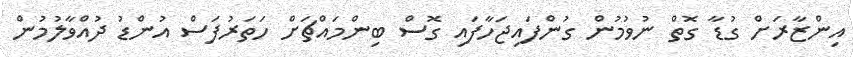
އިންޒާރަށް ގުޑާ ގޮތް ނުވުމުން ގުންފައިޖަހާފައި ގޮސް ބިންމައްޗަށް ހަތަރުފަސް އުންޑު ދުއްވާލުމުން